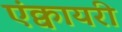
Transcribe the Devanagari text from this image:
एंक्वायरी